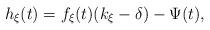
LaTeX: \begin{align*}h_\xi(t) = f_\xi(t)(k_\xi - \delta) - \Psi(t),\end{align*}